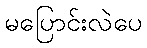
မပြောင်းလဲပေ